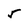
Character: 5